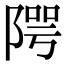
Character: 𨺨